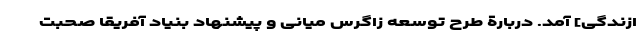
ازندگی] آمد. دربارة طرح توسعه زاگرس میانی و پیشنهاد بنیاد آفریقا صحبت